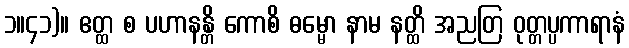
၁။၄၁)။ ဧတ္ထ စ ပဟာနန္တိ ကောစိ ဓမ္မော နာမ နတ္ထိ အညတြ ဝုတ္တပ္ပကာရာနံ